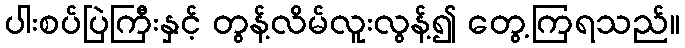
ပါးစပ်ပြဲကြီးနှင့် တွန့်လိမ်လူးလွန့်၍ တွေ့ကြရသည်။